Scottish Certificate of Education, 1963
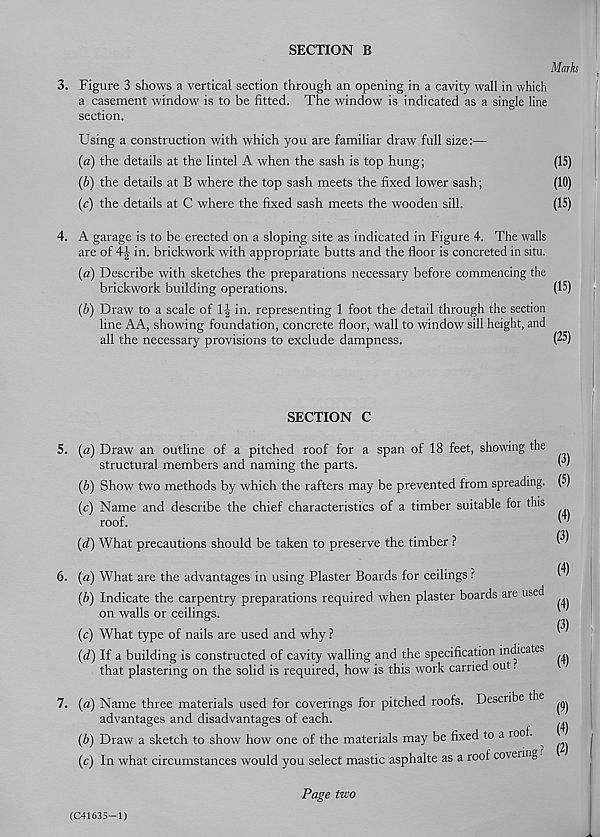
SECTION B
Mark
3. Figure 3 shows a vertical section through an opening in a cavity wall in which
a casement window is to be fitted. The window is indicated as a single line
section.
Using a construction with which you are familiar draw full size:—
(a) the details at the lintel A when the sash is top hung;
(15)
(b) the details at B where the top sash meets the fixed lower sash;
(10)
(c) the details at C where the fixed sash meets the wooden sill.
(15)
4. A garage is to be erected on a sloping site as indicated in Figure 4. The walls
are of in. brickwork with appropriate butts and the floor is concreted in situ.
(a) Describe with sketches the preparations necessary before commencing the
brickwork building operations.
(15)
(b) Draw to a scale of 1| in. representing 1 foot the detail through the section
line AA, showing foundation, concrete floor, wall to window sill height, and
all the necessary provisions to exclude dampness.
(25)
SECTION C
5. (a) Draw an outline of a pitched roof for a span of 18 feet, showing the
structural members and naming the parts.
(b) Show two methods by which the rafters may be prevented from spreading.
(c) Name and describe the chief characteristics of a timber suitable for this
roof.
(d) What precautions should be taken to preserve the timber ?
6. (a) What are the advantages in using Plaster Boards for ceilings ?
(b) Indicate the carpentry preparations required when plaster boards are used
on walls or ceilings.
(c) What type of nails are used and why ?
(d) If a building is constructed of cavity walling and the specification indicates
that plastering on the solid is required, how is this work carried out.
(3)
(5)
(4)
(3)
(4)
(4)
(3)
(4)
7. (a) Name three materials used for coverings for pitched roofs. Describe the ^
advantages and disadvantages of each.
(b) Draw a sketch to show how one of the materials may be fixed to a roof. ^
(c) In what circumstances would you select mastic asphalte as a roof covering •
(C41635-1)
Page two